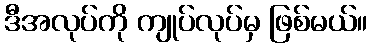
ဒီအလုပ်ကို ကျုပ်လုပ်မှ ဖြစ်မယ်။